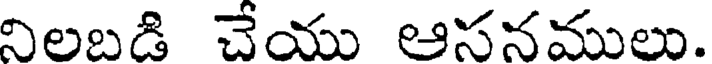
నిలబడి చేయు ఆసనములు.